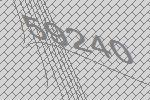
59240